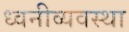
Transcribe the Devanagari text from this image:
ध्वनीव्यवस्था